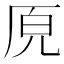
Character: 𭆅